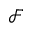
\mathcal { F }